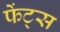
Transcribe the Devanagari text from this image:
फेंट्स